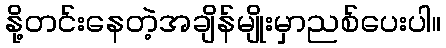
နို့တင်းနေတဲ့အချိန်မျိုးမှာညစ်ပေးပါ။